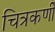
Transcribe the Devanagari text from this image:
चित्रकर्णी